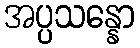
အပ္ပသန္နော